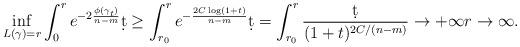
LaTeX: \begin{align*} \inf_{L(\gamma)=r}\int_0^re^{-2\frac{\phi(\gamma_t)}{n-m}}\d t\geq \int_{r_0}^re^{-\frac{2C\log (1+t)}{n-m}}\d t=\int_{r_0}^{r}\frac{\d t}{(1+t)^{2C/(n-m)}}\to +\infty r\to\infty. \end{align*}